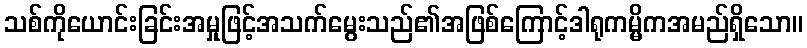
သစ်ကိုယောင်းခြင်းအမှုဖြင့်အသက်မွေးသည်၏အဖြစ်ကြောင့်ဒါရုကမ္မိကအမည်ရှိသော။